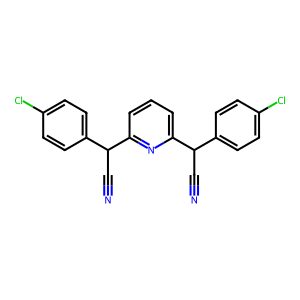
SMILES: N#CC(c1ccc(Cl)cc1)c1cccc(C(C#N)c2ccc(Cl)cc2)n1
Inhibits HIV replication: No